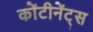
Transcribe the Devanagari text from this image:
कोंटीनेंट्स